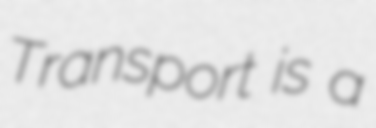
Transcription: Transport is a